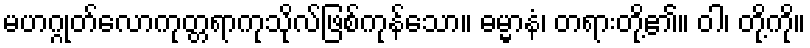
မဟဂ္ဂုတ်လောကုတ္တရာကုသိုလ်ဖြစ်ကုန်သော။ ဓမ္မာနံ၊ တရားတို့၏။ ဝါ၊ တို့ကို။